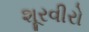
શૂરવીરો